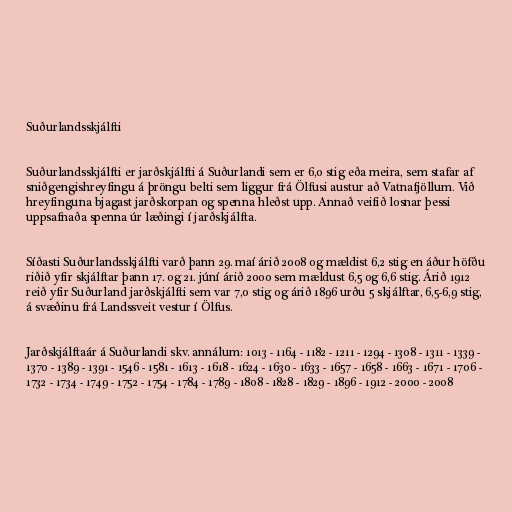
Suðurlandsskjálfti

Suðurlandsskjálfti er jarðskjálfti á Suðurlandi sem er 6,0 stig eða meira, sem stafar af
sniðgengishreyfingu á þröngu belti sem liggur frá Ölfusi austur að Vatnafjöllum. Við
hreyfinguna bjagast jarðskorpan og spenna hleðst upp. Annað veifið losnar þessi
uppsafnaða spenna úr læðingi í jarðskjálfta.

Síðasti Suðurlandsskjálfti varð þann 29. maí árið 2008 og mældist 6,2 stig en áður höfðu
riðið yfir skjálftar þann 17. og 21. júní árið 2000 sem mældust 6,5 og 6,6 stig. Árið 1912
reið yfir Suðurland jarðskjálfti sem var 7,0 stig og árið 1896 urðu 5 skjálftar, 6,5-6,9 stig,
á svæðinu frá Landssveit vestur í Ölfus.

Jarðskjálftaár á Suðurlandi skv. annálum: 1013 - 1164 - 1182 - 1211 - 1294 - 1308 - 1311 - 1339 -
1370 - 1389 - 1391 - 1546 - 1581 - 1613 - 1618 - 1624 - 1630 - 1633 - 1657 - 1658 - 1663 - 1671 - 1706 -
1732 - 1734 - 1749 - 1752 - 1754 - 1784 - 1789 - 1808 - 1828 - 1829 - 1896 - 1912 - 2000 - 2008